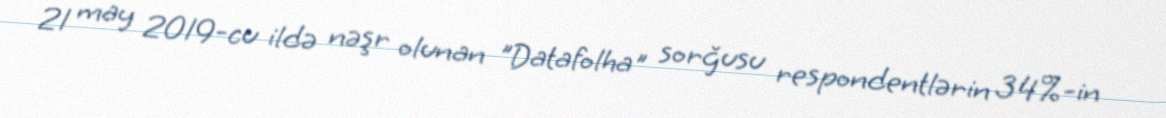
21 may 2019-cu ildə nəşr olunan "Datafolha" sorğusu respondentlərin 34%-in